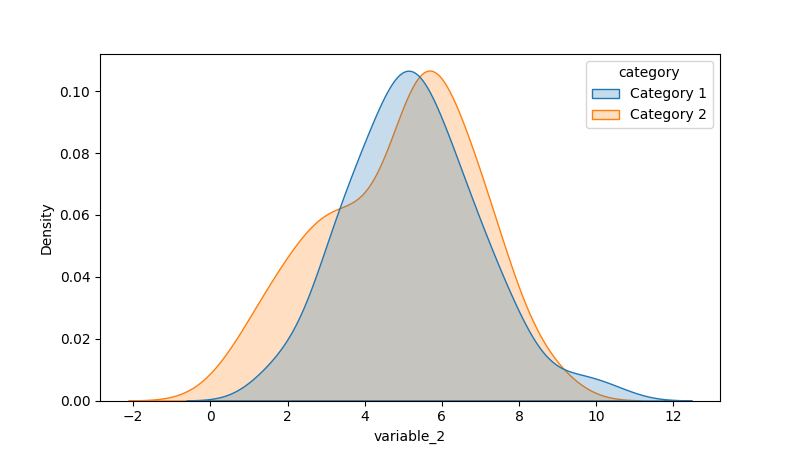
python, seaborn, kdeplot, hue='category', fill=True, bw_adjust=1.0